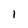
Character: 1